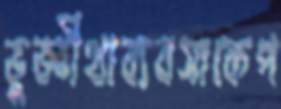
ভুজ্ঞীথাব্যবসাকেপ